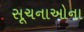
સૂચનાઓના